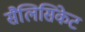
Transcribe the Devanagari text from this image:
सैलिसिकेट